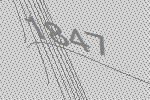
1847